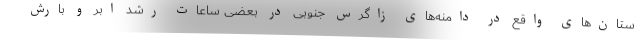
ستان‌های واقع در دامنه‌های زاگرس جنوبی در بعضی ساعات رشد ابر و بارش